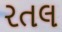
રતલ